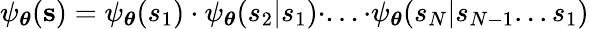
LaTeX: \psi_{\boldsymbol\theta}(\mathbf{s})=\psi_{\boldsymbol\theta}(s_{1})\cdot\psi_{\boldsymbol\theta}(s_{2}|s_{1})\cdot...\cdot\psi_{\boldsymbol\theta}(s_{N}|s_{N-1}...s_{1})